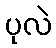
ပုလဲ